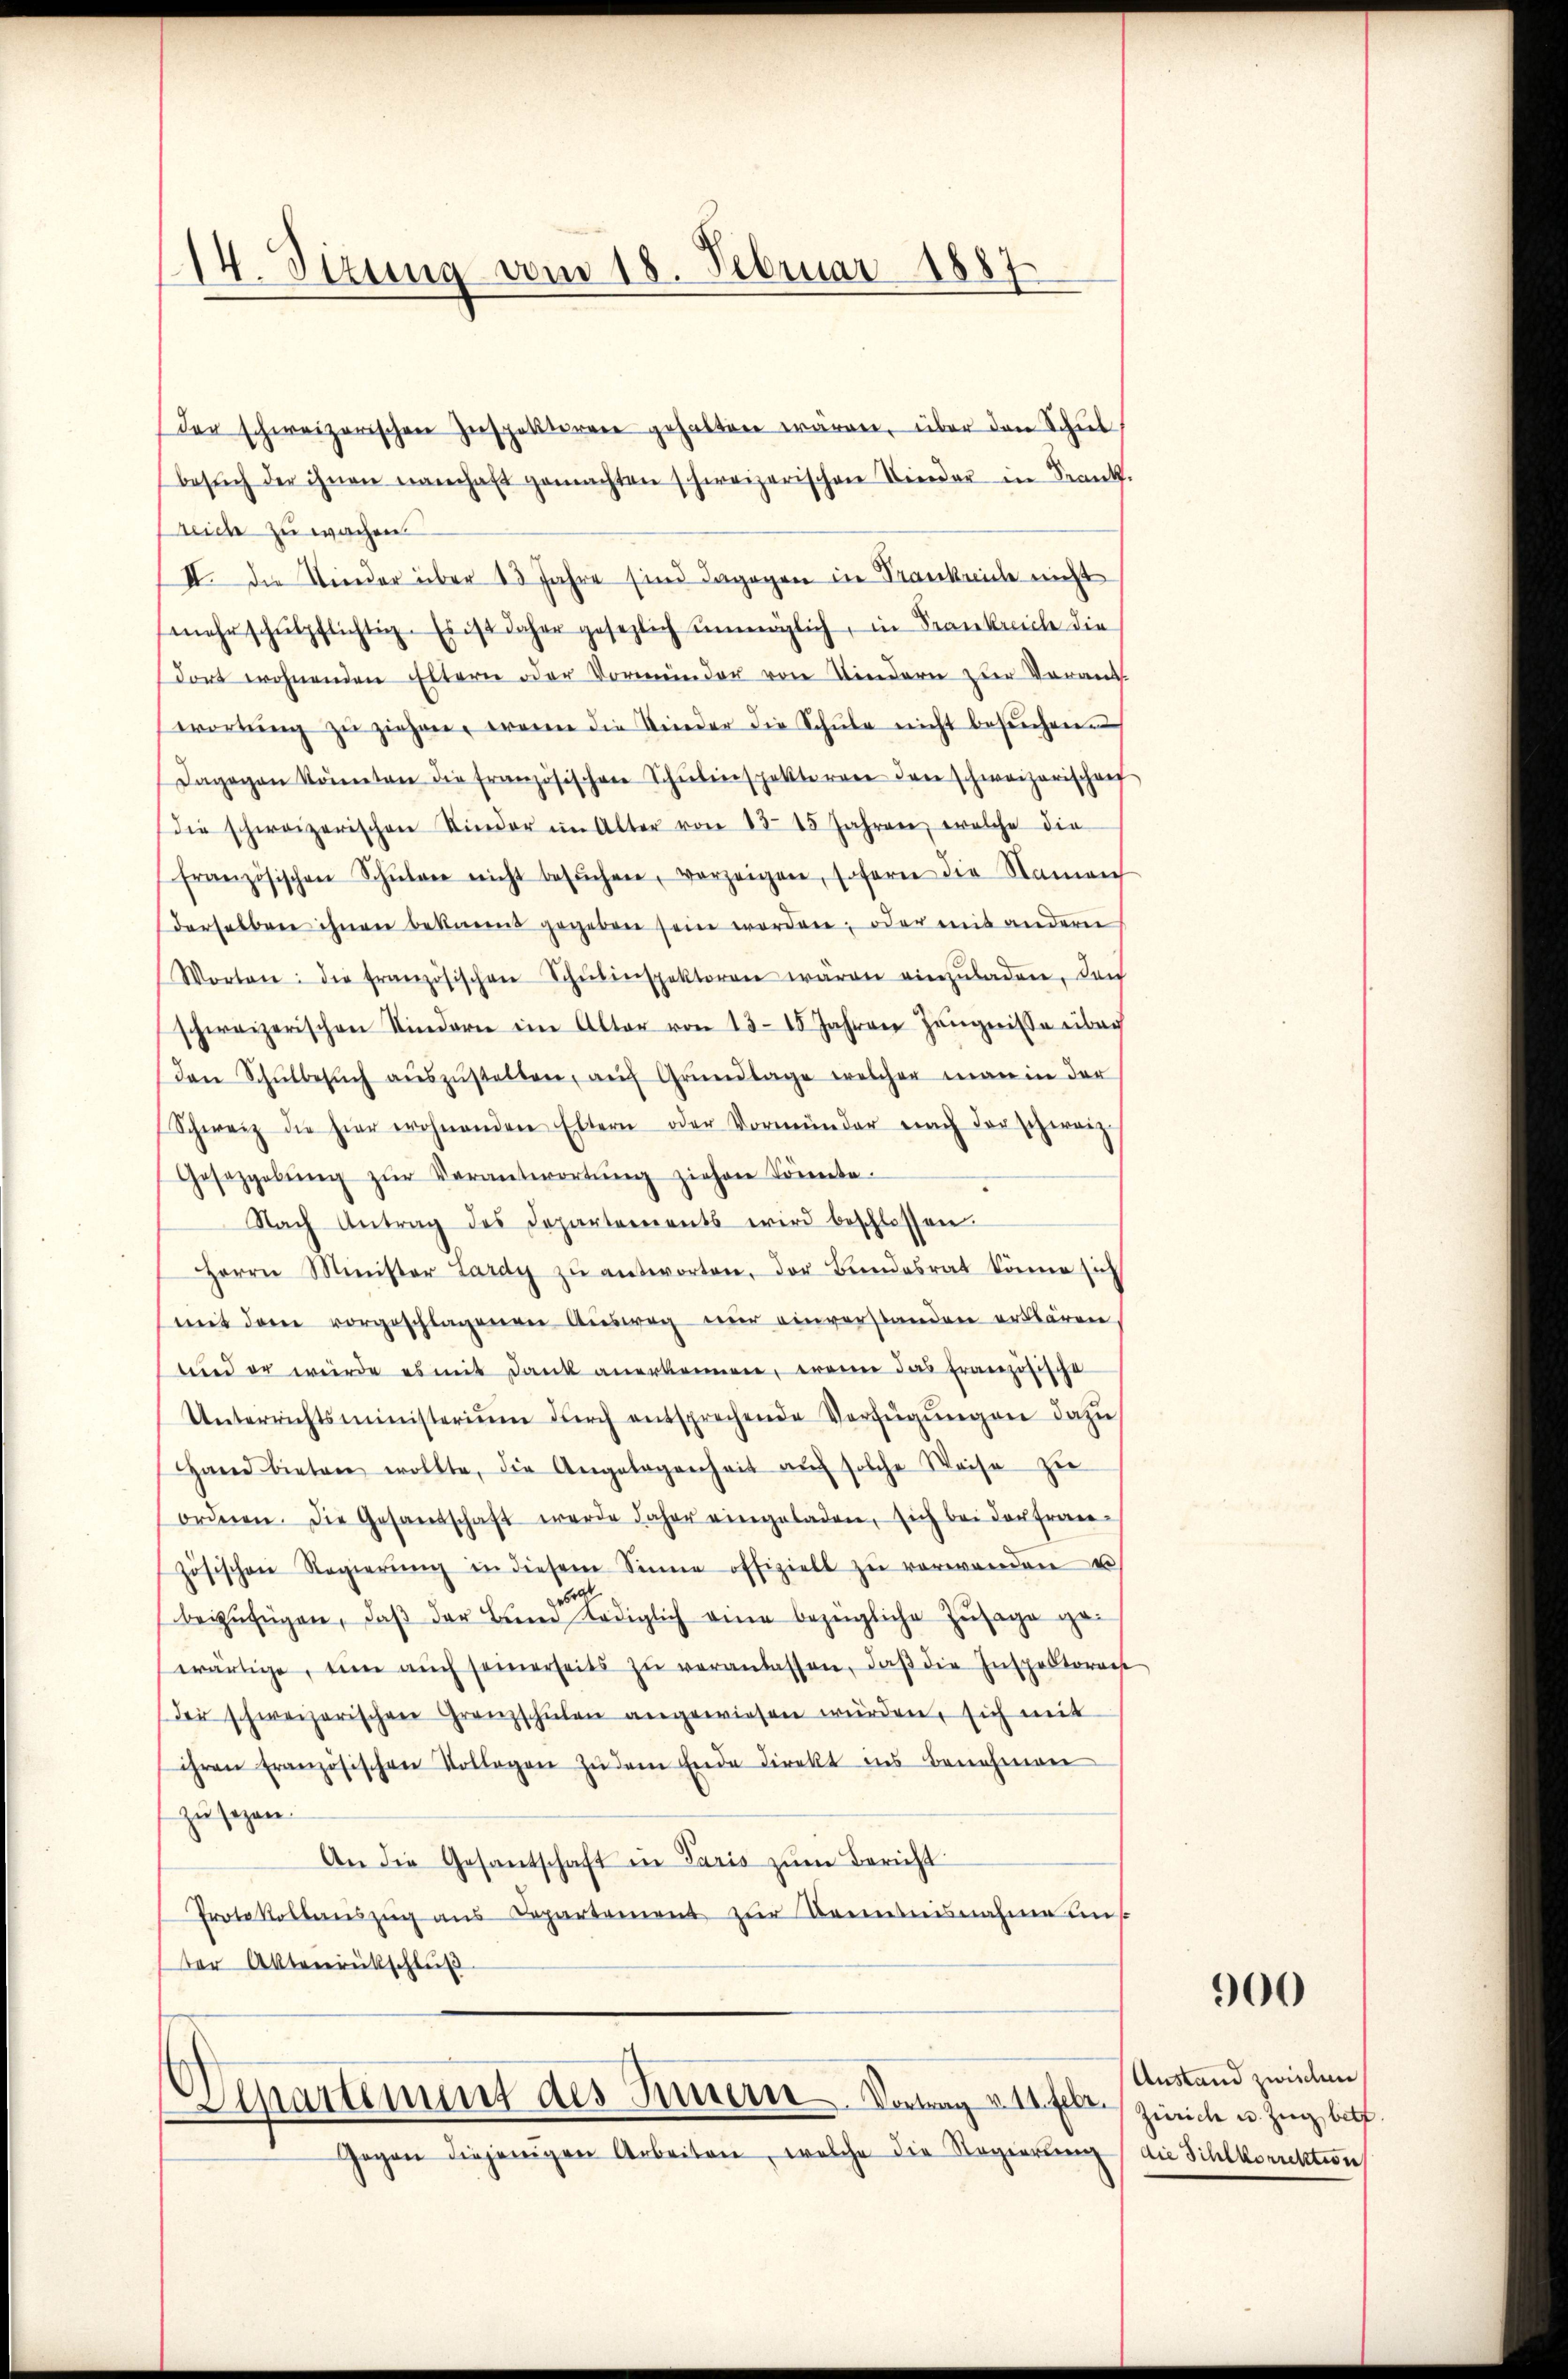
14. Sizung vom 18. Februar 1887

der schweizerischen Inspektiren gehalten wären, über den Schul
besŭch der ihnen namhaft gemachten schweizerischen Nieder in Frank.
leiche zu wachen.
II. Die Wieder über 13 Jahre sind dagegen in Franknicke nicht
mehrschŭlpflichtig. Es ist daher gesezlich unmöglich, in Frankreiche die
dort wohnenden Eltern oder Vormünder von Kindern zur Voraus-
wortŭng zŭ ziehen, wenn die Kinder die Schŭle nicht besŭchen.
Dagegen konnten die französischen Schŭlenspektorene den schweizerischen
die schweizerischen Kinder im Alter von 13. 15 Jahren, welche die
französischen Schüler nicht besŭchen, vorzeigen, sofern die Namen
derselben ihnen bekannt gegeben sein worden, oder mit anderne
Worten: die französischen Schŭlinspektoren wären einzŭladen, den
schweizerischen Kindern im Alter von 1318 Jahren Jängnisse über
Den Schŭlbesŭch aŭszŭstellen, aŭf Grŭndlage welcher man in der
Schweiz die hier wohnenden Eltern oder Vormünder nach der schweiz
Gesetzgebŭng zŭr Verantwortŭng ziehen könnte.
Nach Antrag des Departements wird beschlossen.
Herrn Minister Lardy zŭ antworten, der Bundesrat könne sich
mit dem vorgeschlagenen Ausweg nur einverstanden erklären
wird er würde es mit Dank anerkennen, wenn das französische
Unterrichtsministerium dŭrch entsprechende Verfügŭngen dazu,
Hand bieten wollte, die Angelegenheit aŭf solche Weise zŭ
ordnen. Die Gesandschaft werde daher eingeladen, sich bei der fran-
zösischen Regierŭng in diesem Sinne offiziell zŭ verwenden
beizufügen, daβ der Bŭndediglich eine bezügliche Zusage gewärtige, eine aŭch seinerseits zŭ veranlassen, daβ die Inspektorach
Der schweizerischen Granzschulen angewiesen würden, sich mit
ihren französischen Vollegen zŭ dem Ende direkt ins Benehmen
zu sagen.
An die Gesantschaft in Paris zŭm Bericht
Protokollenszŭg ans Departement zŭr Bentnisnahme uns
der Aktenrückschluß

Venartement des Innere. Vortrag v. 11. fl. Zürich u. Zug, bef
Gegen diejenigen Arbeiten, welche die Regierung die Sihlkorrektion

900

Anstand zwischen